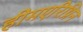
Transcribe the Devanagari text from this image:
हीमएरिथ्रिन